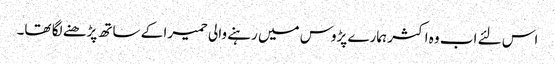
اس لئے اب وہ اکثر ہمارے پڑوس میں رہنے والی حمیرا کے ساتھ پڑھنے لگا تھا۔